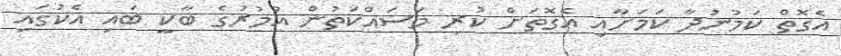
އެގޮތް ކަމުނުދާ ކަމަށާއި އެގޮތަށް ކުރި މަސައްކަތުން އުމުރުގެ ބާކީ ބައި އެކުގައި